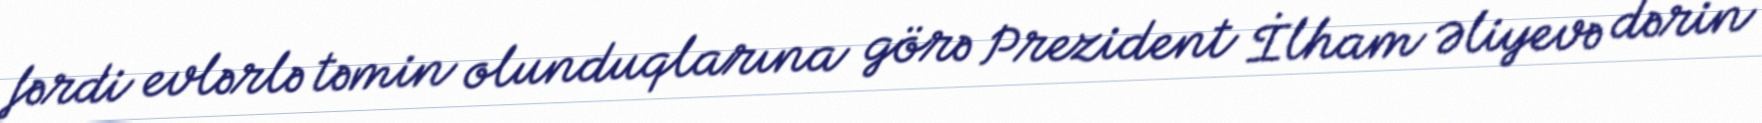
fərdi evlərlə təmin olunduqlarına görə Prezident İlham Əliyevə dərin